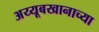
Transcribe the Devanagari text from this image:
अय्यूबखानाच्या